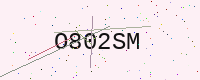
Text: O802SM